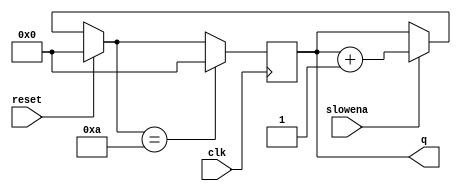
module top_module (
    input clk,
    input slowena,
    input reset,
    output [3:0] q);
    
        
	always @ (posedge clk) begin
        if (reset)
            q = 0;
        else if (slowena)
        	q = q +1;
        if (q == 10)
            q = 0;
    end

endmodule